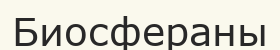
Биосфераны